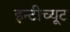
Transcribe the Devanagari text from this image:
इन्टीच्यूट